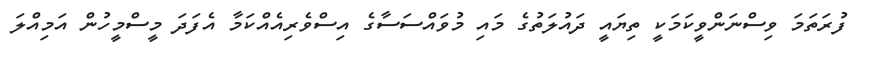
ފުރަތަމަ ވިސްނަންވީކަމަކީ ތިޔައީ ދައުލަތުގެ މައި މުވައްސަސާގެ އިސްވެރިއެއްކަމާ އެފަދަ މީސްމީހުން އަމިއްލަ